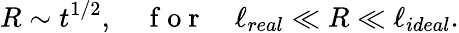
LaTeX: R\sim t^{1/2},\quad\mathrm{~f~o~r~}\quad\ell_{real}\ll R\ll\ell_{ideal}.